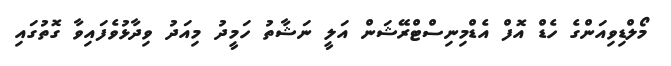
މޯލްޑިވިއަންގެ ހެޑް އޮފް އެޑްމިނިސްޓްރޭޝަން އަލީ ނަޝާތު ހަމީދު މިއަދު ވިދާޅުވެފައިވާ ގޮތުގައި